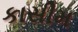
કાસીમ